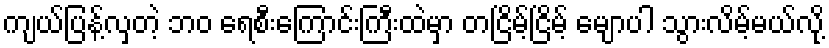
ကျယ်ပြန့်လှတဲ့ ဘဝ ရေစီးကြောင်းကြီးထဲမှာ တငြိမ့်ငြိမ့် မျောပါ သွားလိမ့်မယ်လို့